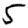
Digit: 5